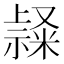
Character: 𥛬